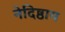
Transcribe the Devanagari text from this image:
नेदिष्ठाय